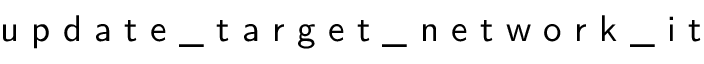
\textsf { u p d a t e \_ t a r g e t \_ n e t w o r k \_ i t }